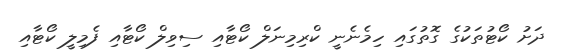
ދަށު ކޯޓުތަކުގެ ގޮތުގައި ހިމެނެނީ ކްރިމިނަލް ކޯޓާއި ސިވިލް ކޯޓާއި ފެމިލީ ކޯޓާއި